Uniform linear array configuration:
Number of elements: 64
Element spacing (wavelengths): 1
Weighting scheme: blackman
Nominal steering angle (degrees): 15
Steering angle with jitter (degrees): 14.412
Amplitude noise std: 0.05
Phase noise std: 0.05

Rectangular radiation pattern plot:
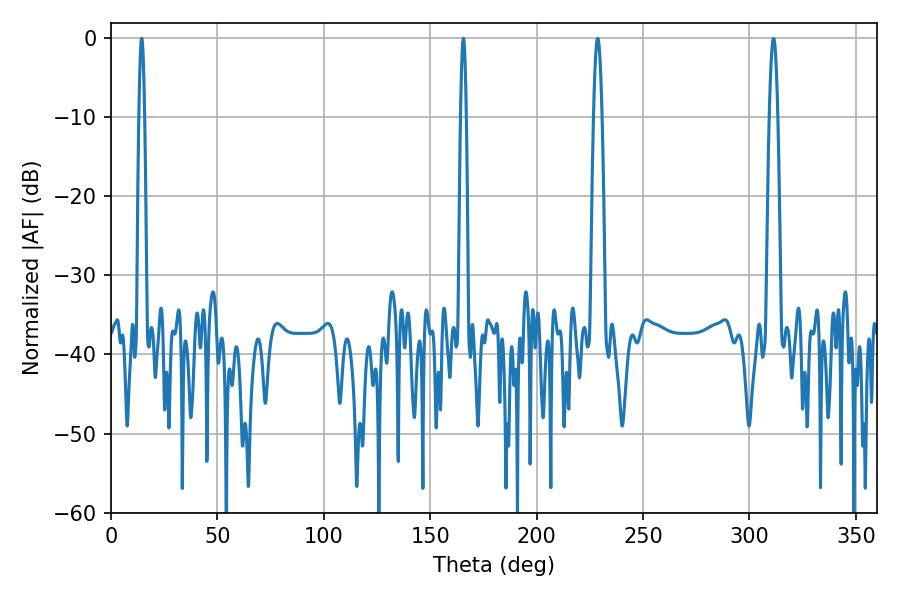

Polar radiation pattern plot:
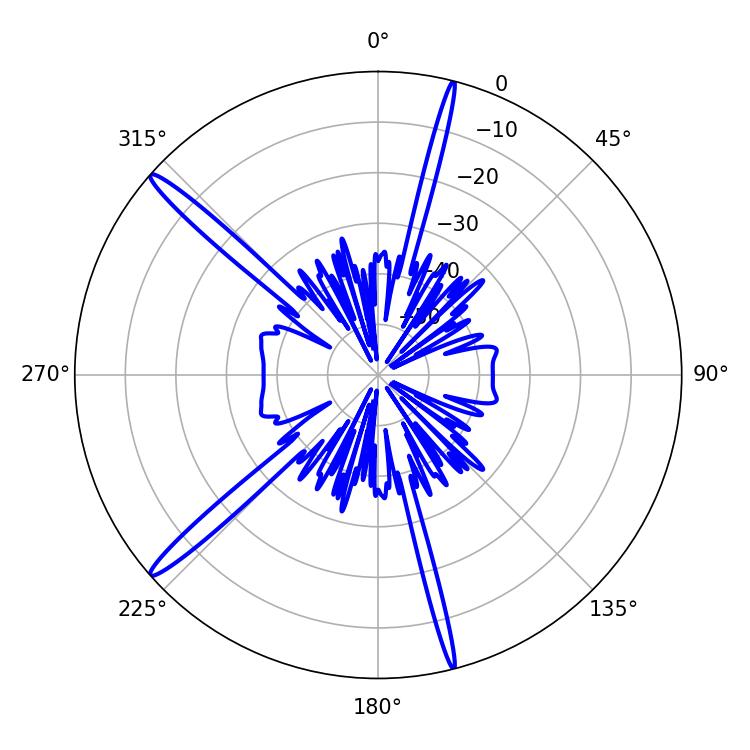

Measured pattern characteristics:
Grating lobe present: TRUE
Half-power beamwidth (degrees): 1.44
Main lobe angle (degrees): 14.4